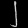
Digit: ၂